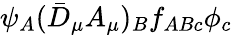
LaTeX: \psi_{A}(\bar{D}_{\mu}A_{\mu})_{B}f_{ABc}\phi_{c}